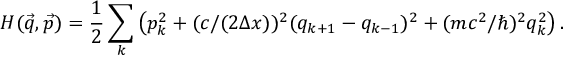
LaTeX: H ( \vec { q } , \vec { p } ) = { \frac { 1 } { 2 } } \sum _ { k } \left( p _ { k } ^ { 2 } + ( c / ( 2 \Delta x ) ) ^ { 2 } ( q _ { k + 1 } - q _ { k - 1 } ) ^ { 2 } + ( m c ^ { 2 } / \hbar ) ^ { 2 } q _ { k } ^ { 2 } \right) .